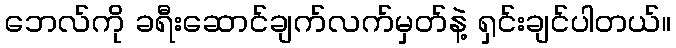
ဘေလ်ကို ခရီးဆောင်ချက်လက်မှတ်နဲ့ ရှင်းချင်ပါတယ်။